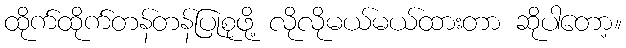
ထိုက်ထိုက်တန်တန်ပြုစုဖို့ လိုလိုမယ်မယ်ထားတာ ဆိုပါတော့။